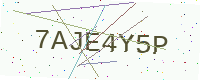
Text: 7AJE4Y5P